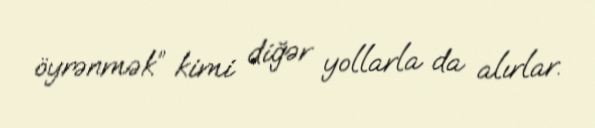
öyrənmək” kimi diğər yollarla da alırlar.